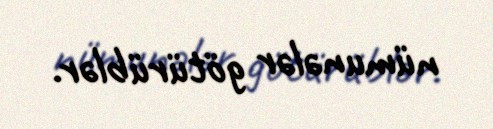
nümunələr götürüblər.